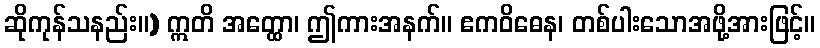
ဆိုကုန်သနည်း။) ဣတိ အတ္ထော၊ ဤကားအနက်။ ဧကဝိဓေန၊ တစ်ပါးသောအဖို့အားဖြင့်။